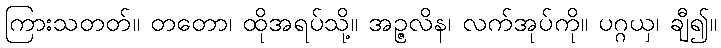
ကြားသတတ်။ တတော၊ ထိုအရပ်သို့။ အဉ္ဇလိန၊ လက်အုပ်ကို။ ပဂ္ဂယှ၊ ချီ၍။